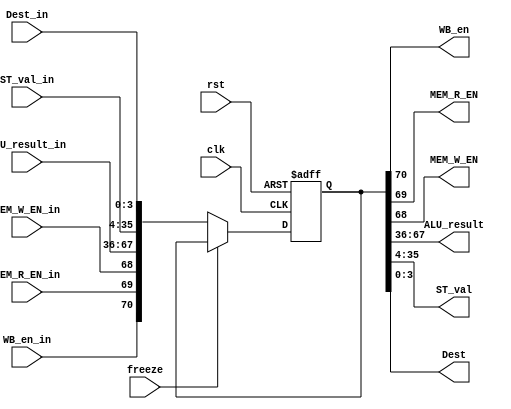
module EXE_reg (clk, rst, WB_en_in, MEM_R_EN_in, MEM_W_EN_in, ALU_result_in, ST_val_in, Dest_in,
		WB_en, MEM_R_EN, MEM_W_EN, ALU_result, ST_val, Dest, freeze);
	input clk,rst, WB_en_in, MEM_R_EN_in, MEM_W_EN_in;
	input [31:0] ALU_result_in,ST_val_in;
	input [3:0] Dest_in; 
	input freeze;
	output WB_en, MEM_R_EN, MEM_W_EN;
	output [31:0] ALU_result, ST_val;
	output [3:0] Dest;
	
	wire [70:0]parin;
	reg [70:0]parout;
	assign	parin = {WB_en_in, MEM_R_EN_in, MEM_W_EN_in, ALU_result_in, ST_val_in, Dest_in};
	assign {WB_en, MEM_R_EN, MEM_W_EN, ALU_result, ST_val, Dest} = parout;

	always @(posedge clk, posedge rst) begin
		if(rst)
			parout <= 70'b0;
		else if(~freeze)
			parout <= parin;
	end

endmodule